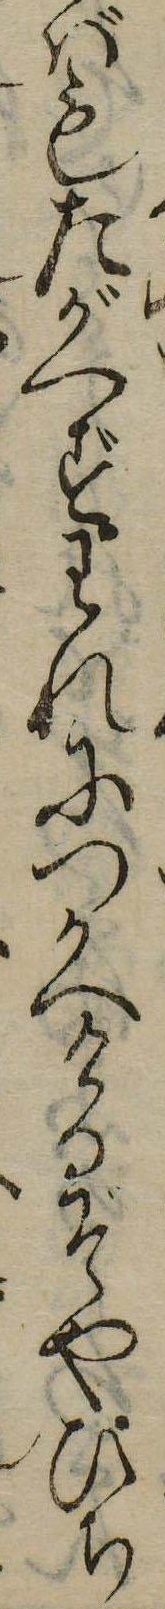
ばもたがへずわれにつかへけるぞやひち